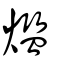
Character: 爁